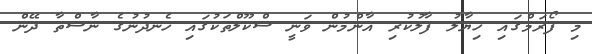
މި ފޯރަމްގައި ޚިޔާލު ފާލުކުރި އާންމުން ވަނީ ސްކޫލްތަކުގައި ހެނދުނުގެ ނާސްތާ ދޭން